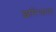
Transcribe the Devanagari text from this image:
झरियाल